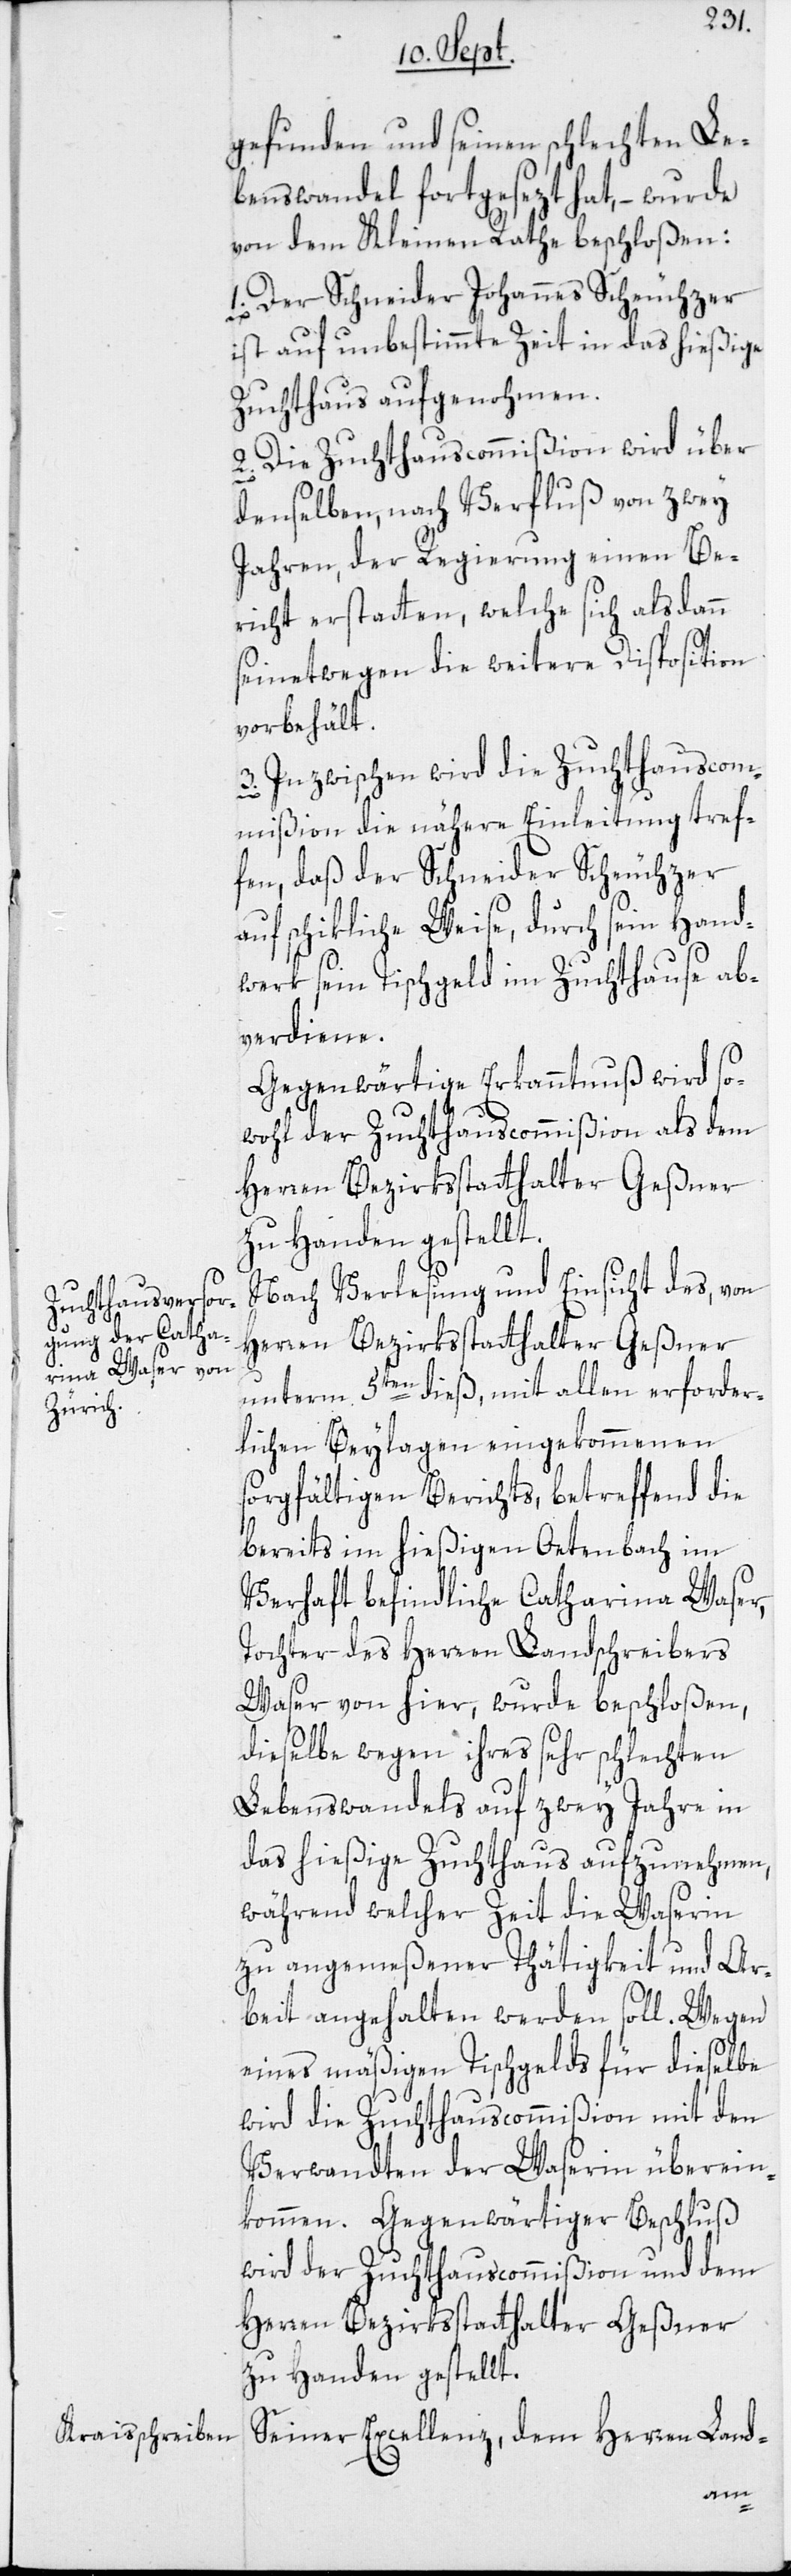
gefunden und seinen schlechten Le¬
benswandel fortgesezt hat, – wurde
von dem Kleinen Rathe beschloßen:
1. Der Schneider Johannes Scheuchzer
ist auf unbestimmte Zeit in das hießige
Zuchthaus aufgenohmen.
2. Die Zuchthauscommißion wird über
denselben, nach Verfluß von zwey
Jahren, der Regierung einen Be¬
richt erstatten, welche sich alsdann
seinetwegen die weitere Disposition
vorbehält.
Inzwischen wird die Zuchthauscom¬
mißion die nähere Einleitung tref¬
fen, daß der Schneider Scheuchzer
auf schikliche Weise, durch sein Hand¬
3.
werk sein Tischgeld im Zuchthause ab¬
verdiene.
Gegenwärtige Erkanntnuß wird so¬
wohl der Zuchthauscommißion als dem
Herren Bezirksstatthalter Geßner
zu Handen gestellt.
Nach Verlesung und Einsicht des, von
Herren Bezirksstatthalter Geßner
unterm 5ten dieß, mit allen erforder¬
lichen Beylagen eingekommenen
sorgfältigen Berichts, betreffend die
bereits im hießigen Oetenbach im
Verhaft befindliche Catharina Waser,
Tochter des Herren Landschreibers
Waser von hier, wurde beschloßen,
dieselbe wegen ihres sehr schlechten
Lebenswandels auf zwey Jahre in
das hießige Zuchthaus aufzunehmen,
während welcher Zeit die Waserin
zu angemeßener Thätigkeit und Ar¬
beit angehalten werden soll. Wegen
eines mäßigen Tischgelds für dieselbe
wird die Zuchthauscommißion mit den
Verwandten der Waserin überein¬
kommen. Gegenwärtiger Beschluß
wird der Zuchthauscommißion und dem
Herren Bezirksstatthalter Geßner
zu Handen gestellt.
Seiner Excellenz, dem Herren Land-